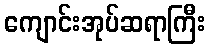
ကျောင်းအုပ်ဆရာကြီး